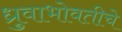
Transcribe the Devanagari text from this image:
ध्रुवाभोवतीचे